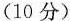
(10 分)